Annual administration report of the Civil Veterinary Department of India - 1896-1897
Year: 1896
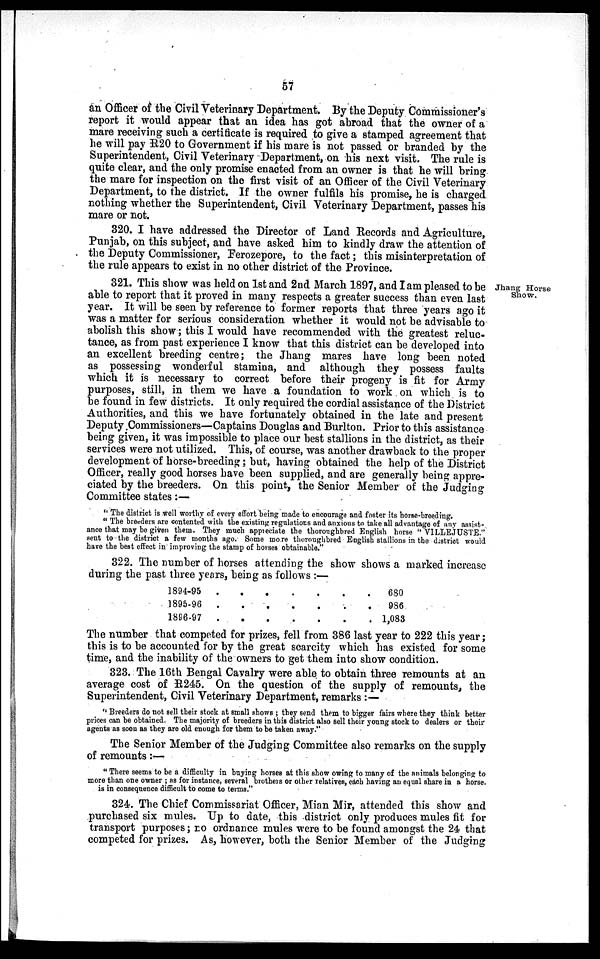
57
an Officer of the Civil Veterinary Department. By the Deputy Commissioner's
report it would appear that an idea has got abroad that the owner of a
mare receiving such a certificate is required to give a stamped agreement that
he will pay R20 to Government if his mare is not passed or branded by the
Superintendent, Civil Veterinary Department, on his next visit. The rule is
quite clear, and the only promise enacted from an owner is that he will bring
the mare for inspection on the first visit of an Officer of the Civil Veterinary
Department, to the district. If the owner fulfils his promise, he is charged
nothing whether the Superintendent, Civil Veterinary Department, passes his
mare or not.
320. I have addressed the Director of Land Records and Agriculture,
Punjab, on this subject, and have asked him to kindly draw the attention of
the Deputy Commissioner, Ferozepore, to the fact; this misinterpretation of
the rule appears to exist in no other district of the Province.
Jhang Horse
Show.
321. This show was held on 1st and 2nd March 1897, and I am pleased to be
able to report that it proved in many respects a greater success than even last
year. It will be seen by reference to former reports that three years ago it
was a matter for serious consideration whether it would not be advisable to
abolish this show; this I would have recommended with the greatest reluc-
tance, as from past experience I know that this district can be developed into
an excellent breeding centre; the Jhang mares have long been noted
as possessing wonderful stamina, and although they possess faults
which it is necessary to correct before their progeny is fit for Army
purposes, still, in them we have a foundation to work on which is to
be found in few districts. It only required the cordial assistance of the District
Authorities, and this we have fortunately obtained in the late and present
Deputy Commissioners—Captains Douglas and Burlton. Prior to this assistance
being given, it was impossible to place our best stallions in the district, as their
services were not utilized. This, of course, was another drawback to the proper
development of horse-breeding; but, having obtained the help of the District
Officer, really good horses have been supplied, and are generally being appre-
ciated by the breeders. On this point, the Senior Member of the Judging
Committee states:—
"The district is well worthy of every effort being made to encourage and foster its horse-breeding.
"The breeders are contented with the existing regulations and anxious to take all advantage of any assist-
ance that may be given them. They much appreciate the thoroughbred English horse "VILLEJUSTE."
sent to the district a few months ago. Some more thoroughbred English stallions in the district would
have the best effect in improving the stamp of horses obtainable."
322. The number of horses attending the show shows a marked increase
during the past three years, being as follows:—
1894-95
1895-96
1896-97
.
.
.
.
.
.
.
.
.
.
.
.
.
.
.
.
.
.
. 680
. 986
. 1,083
The number that competed for prizes, fell from 386 last year to 222 this year;
this is to be accounted for by the great scarcity which has existed for some
time, and the inability of the owners to get them into show condition.
323. The 16th Bengal Cavalry were able to obtain three remounts at an
average cost of R245. On the question of the supply of remounts, the
Superintendent, Civil Veterinary Department, remarks:—
"Breeders do not sell their stock at small shows ; they send them to bigger fairs where they think better
prices can be obtained. The majority of breeders in this district also sell their young stock to dealers or their
agents as soon as they are old enough for them to be taken away."
The Senior Member of the Judging Committee also remarks on the supply
of remounts:—
"There seems to be a difficulty in buying horses at this show owing to many of the animals belonging to
more than one owner; as for instance, several brothers or other relatives, each having an equal share in a horse,
is in consequence difficult to come to terms."
324. The Chief Commissariat Officer, Mian Mir, attended this show and
purchased six mules. Up to date, this district only produces mules fit for
transport purposes; no ordnance mules were to be found amongst the 24 that
competed for prizes. As, however, both the Senior Member of the Judging